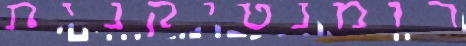
רומנטיקנית